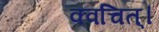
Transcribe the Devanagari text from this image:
क्वचित्‌।